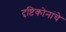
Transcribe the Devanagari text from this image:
दृष्टिकोनांचे